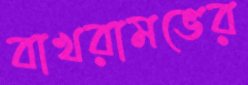
বাখরামভের